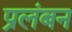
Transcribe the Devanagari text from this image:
प्रलंबन